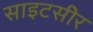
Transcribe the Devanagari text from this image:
साइटसीर